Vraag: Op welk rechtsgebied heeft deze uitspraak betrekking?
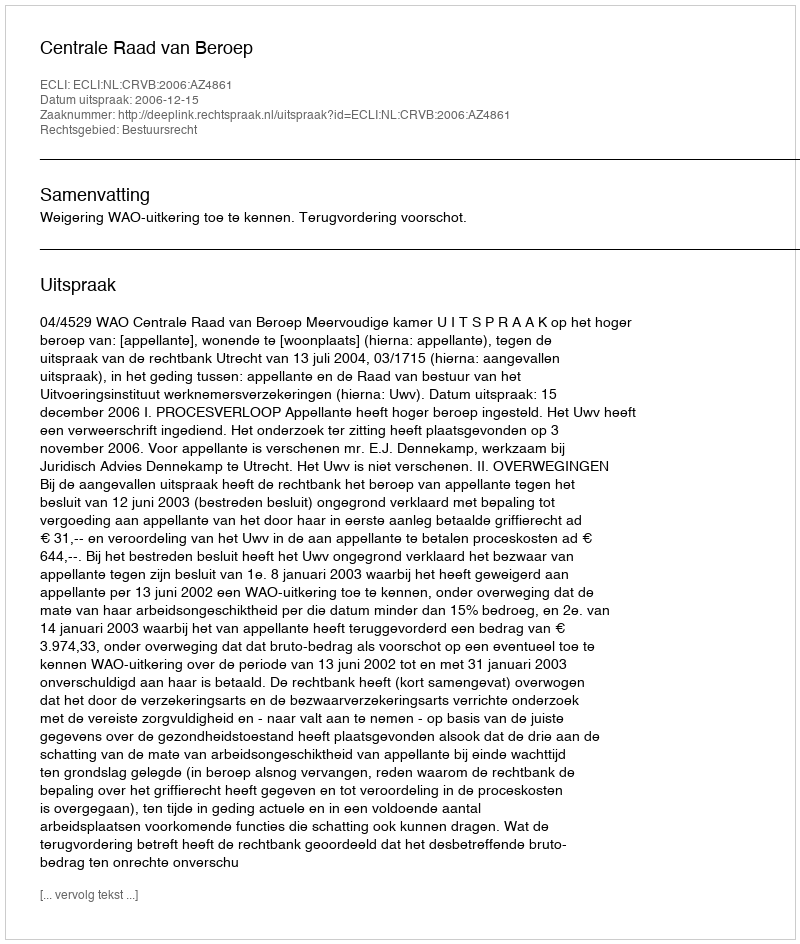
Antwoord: Bestuursrecht